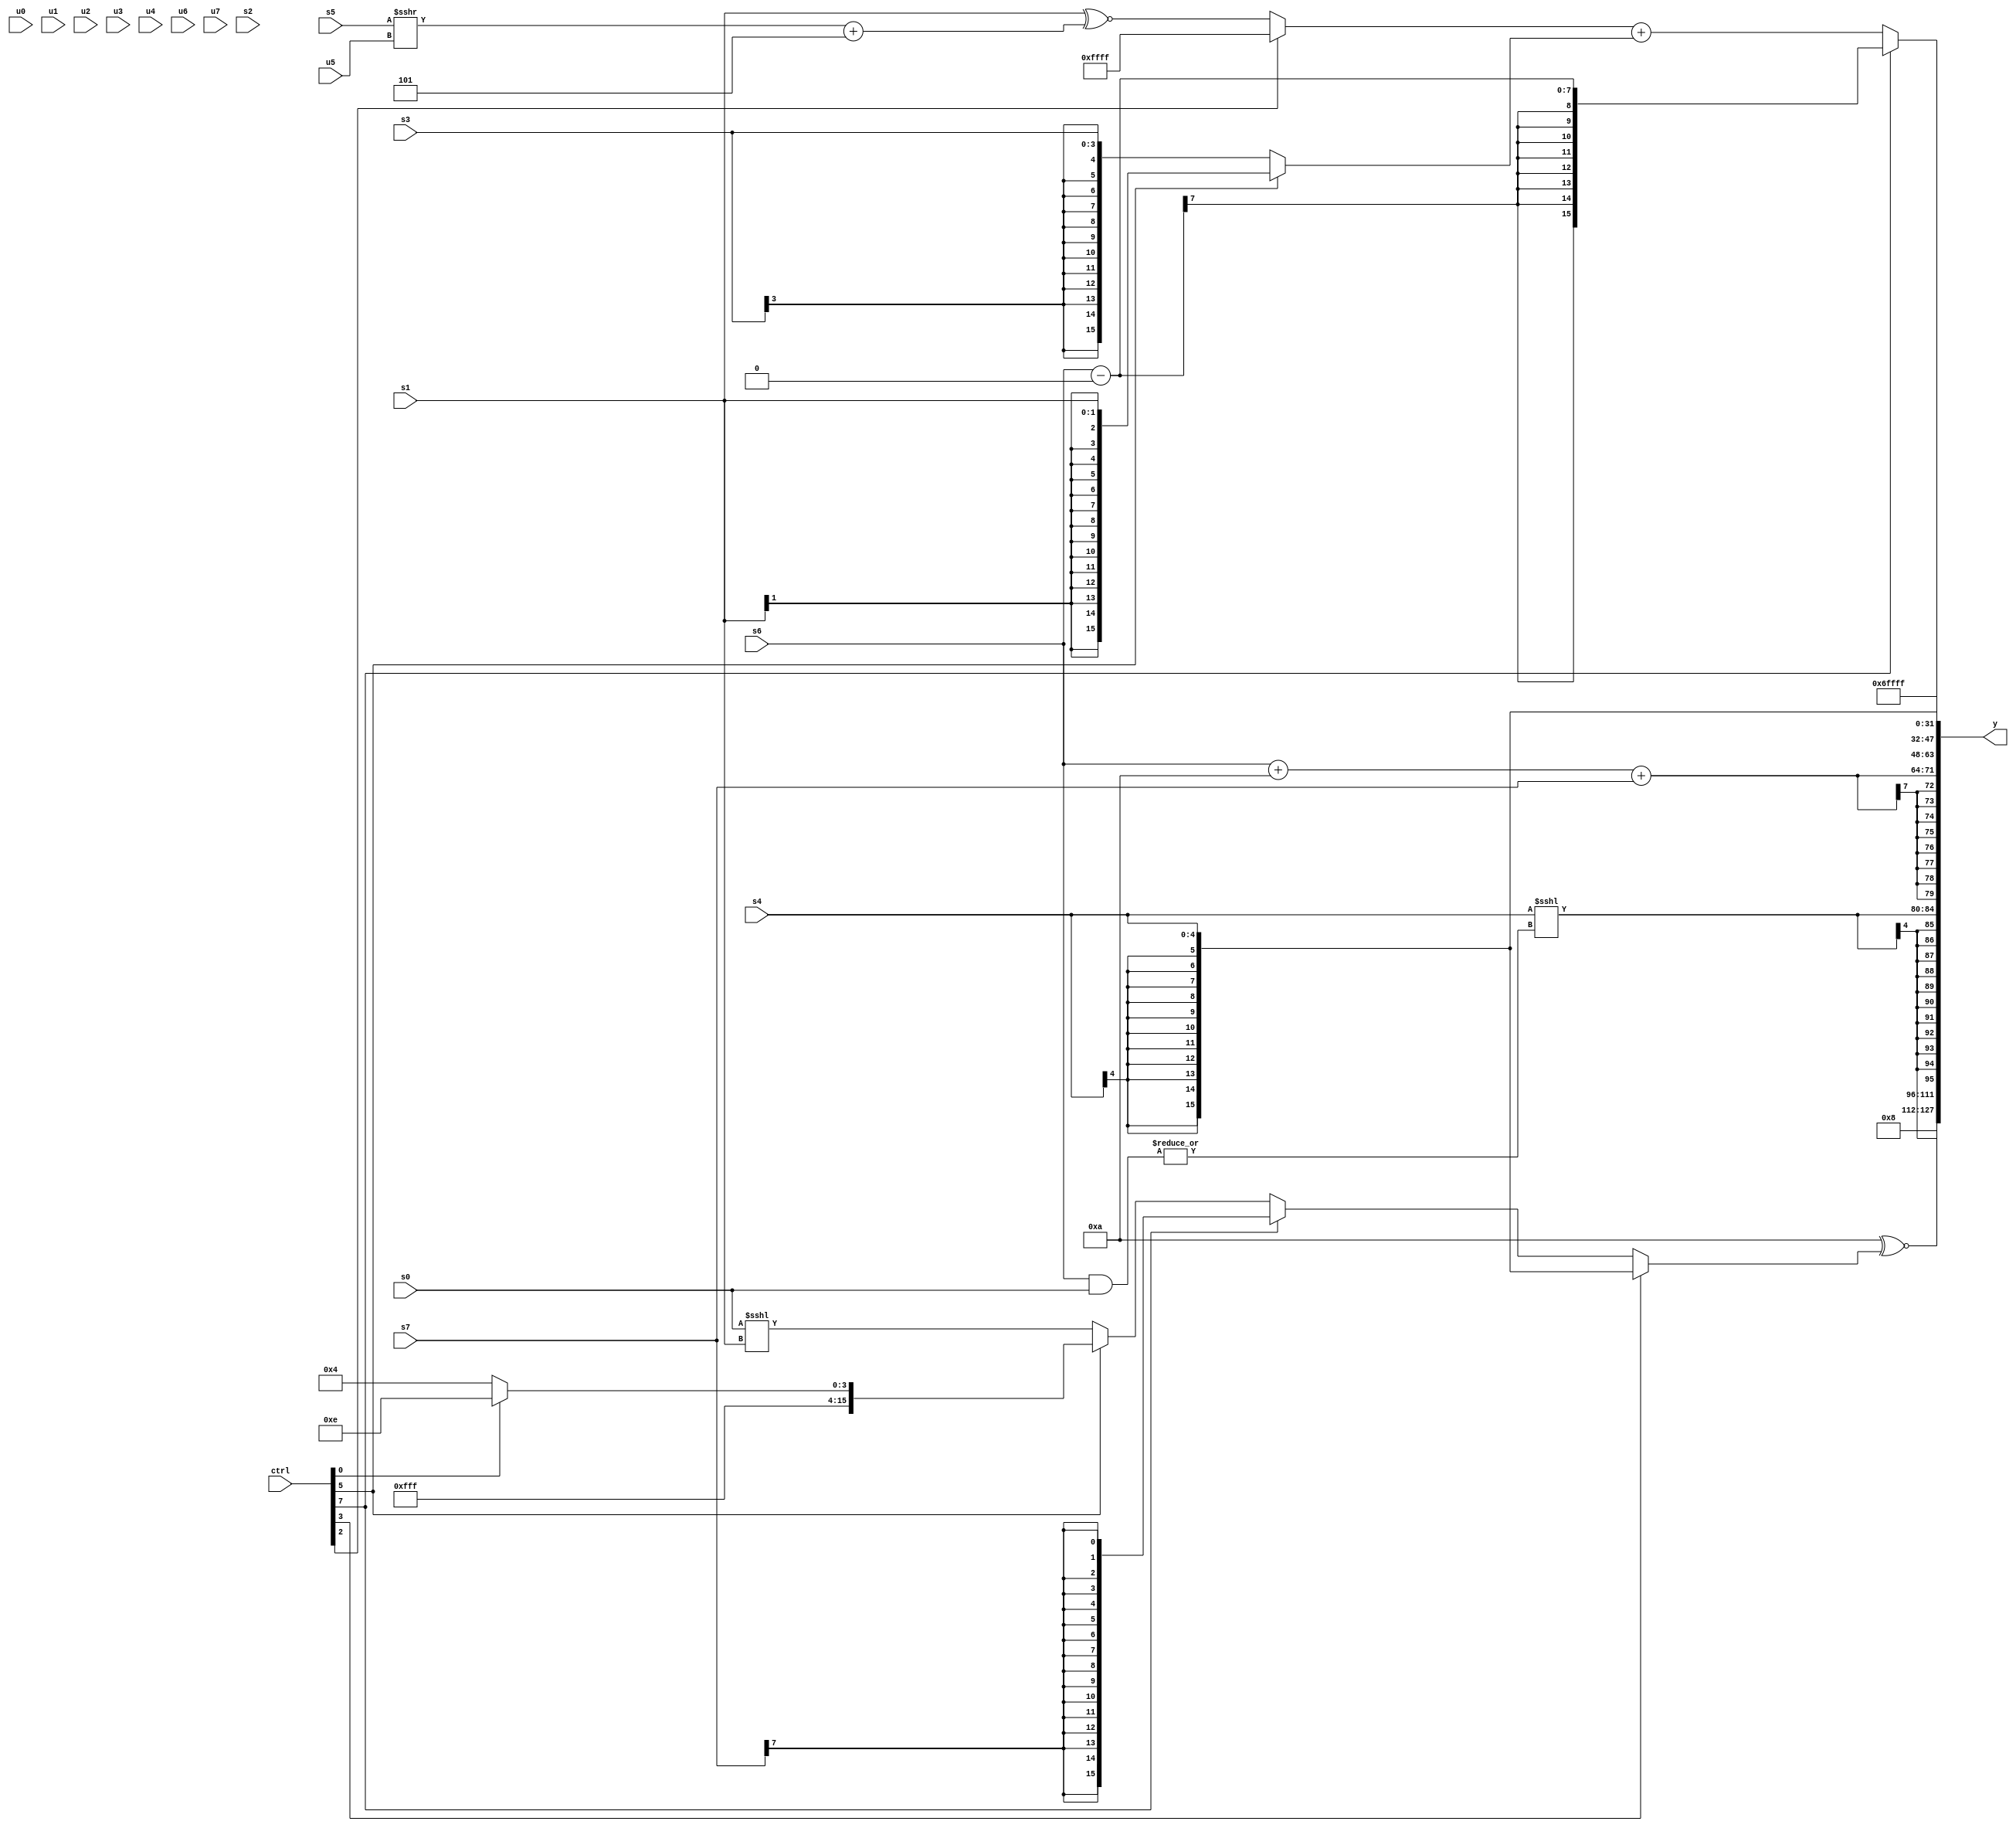
module wideexpr_00210(ctrl, u0, u1, u2, u3, u4, u5, u6, u7, s0, s1, s2, s3, s4, s5, s6, s7, y);
  input [7:0] ctrl;
  input [0:0] u0;
  input [1:0] u1;
  input [2:0] u2;
  input [3:0] u3;
  input [4:0] u4;
  input [5:0] u5;
  input [6:0] u6;
  input [7:0] u7;
  input signed [0:0] s0;
  input signed [1:0] s1;
  input signed [2:0] s2;
  input signed [3:0] s3;
  input signed [4:0] s4;
  input signed [5:0] s5;
  input signed [6:0] s6;
  input signed [7:0] s7;
  output [127:0] y;
  wire [15:0] y0;
  wire [15:0] y1;
  wire [15:0] y2;
  wire [15:0] y3;
  wire [15:0] y4;
  wire [15:0] y5;
  wire [15:0] y6;
  wire [15:0] y7;
  assign y = {y0,y1,y2,y3,y4,y5,y6,y7};
  assign y0 = 5'sb01000;
  assign y1 = (5'sb01010)^~((ctrl[3]?$signed($unsigned(s4)):+((ctrl[7]?(s7)>>>({3{1'b1}}):(ctrl[5]?(ctrl[0]?3'sb110:5'sb10100):(s0)<<<(s1))))));
  assign y2 = $signed((s4)<<<($signed(|((s6)&(s0)))));
  assign y3 = $signed(($signed((s6)+(6'sb001010)))+(s7));
  assign y4 = (ctrl[7]?(s6)-(1'sb0):((ctrl[2]?1'sb1:(s1)^~(+(((s5)>>>(u5))+(-(3'sb011))))))+((ctrl[5]?$signed(s1):s3)));
  assign y5 = $signed($signed(s4));
  assign y6 = {4'sb0110};
  assign y7 = 3'sb111;
endmodule